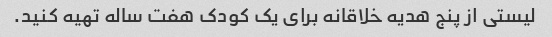
لیستی از پنج هدیه خلاقانه برای یک کودک هفت ساله تهیه کنید.